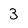
Character: 3